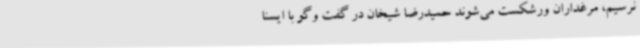
نرسیم، مرغداران ورشکست می‌شوند حمیدرضا شیخان در گفت وگو با ایسنا